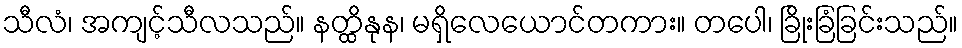
သီလံ၊ အကျင့်သီလသည်။ နတ္ထိနုန၊ မရှိလေယောင်တကား။ တပေါ၊ ခြိုးခြံခြင်းသည်။